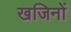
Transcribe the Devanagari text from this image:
खजिनों